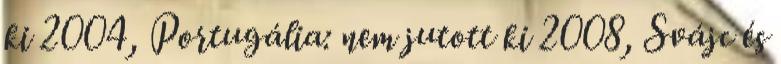
ki 2004, Portugália: nem jutott ki 2008, Svájc és